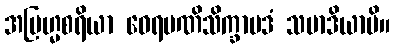
အဗြဟ္မစရိယာ ဝေရမဏိသိက္ခာပဒံ သမာဒိယာမိ။